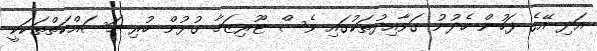
އަދި އޭގެ ފަހުން ހެދުނު ގަވާއިދުތަކުގައި ވެސް ޓޫރިޒަމާ ގުޅުން ހުރި މަސައްކަތްތަކަކީ